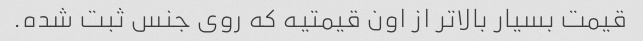
قیمت بسیار بالاتر از اون قیمتیه که روی جنس ثبت شده.